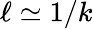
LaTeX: \ell\simeq 1/k